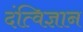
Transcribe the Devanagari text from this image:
दंत्विज्ञान